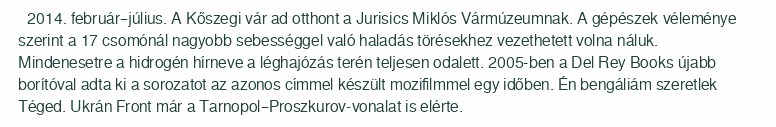
2014. február–július. A Kőszegi vár ad otthont a Jurisics Miklós Vármúzeumnak. A gépészek véleménye szerint a 17 csomónál nagyobb sebességgel való haladás törésekhez vezethetett volna náluk. Mindenesetre a hidrogén hírneve a léghajózás terén teljesen odalett. 2005-ben a Del Rey Books újabb borítóval adta ki a sorozatot az azonos címmel készült mozifilmmel egy időben. Én bengáliám szeretlek Téged. Ukrán Front már a Tarnopol–Proszkurov-vonalat is elérte.